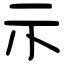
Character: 示